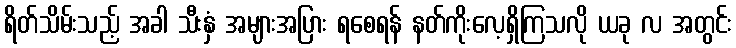
ရိတ်သိမ်းသည့် အခါ သီးနှံ အများအပြား ရစေရန် နတ်ကိုးလေ့ရှိကြသလို ယခု လ အတွင်း